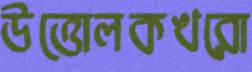
উত্তোলকখরো